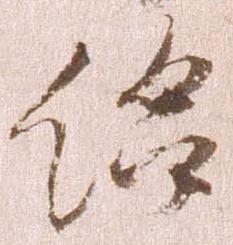
給